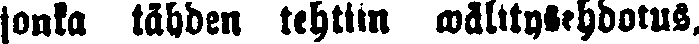
jonka tähden tehtiin wälitysehdotus,